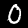
Label: 0